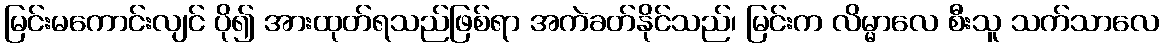
မြင်းမကောင်းလျင် ပို၍ အားထုတ်ရသည်ဖြစ်ရာ အကဲခတ်နိုင်သည်၊ မြင်းက လိမ္မာလေ စီးသူ သက်သာလေ